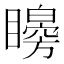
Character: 矈